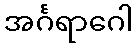
အင်္ဂရာဂေါ